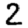
Digit: 2